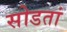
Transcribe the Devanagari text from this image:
सोडतां